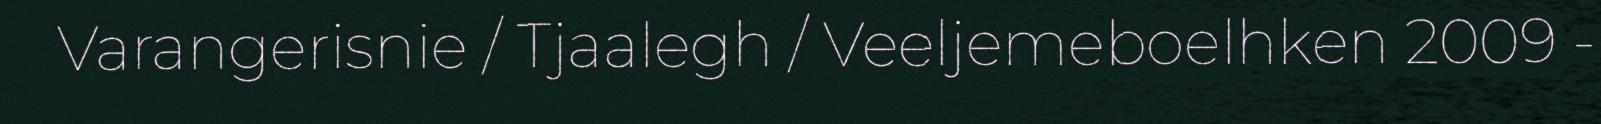
Varangerisnie / Tjaalegh / Veeljemeboelhken 2009 -